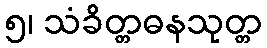
၅၊ သံခိတ္တဓနသုတ္တ